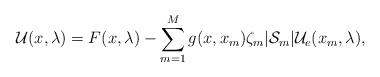
LaTeX: \begin{align*}\mathcal{U}(x, \lambda) = F(x, \lambda) - \sum^{M}_{m =1}g(x,x_m)\zeta_m|\mathcal{S}_m|\mathcal{U}_e(x_m, \lambda),\end{align*}